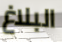
البلاغ